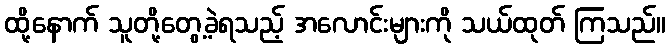
ထို့နောက် သူတို့တွေ့ခဲ့ရသည့် အလောင်းများကို သယ်ထုတ် ကြသည်။